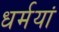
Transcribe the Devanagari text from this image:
धर्मयां